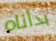
بدأناه